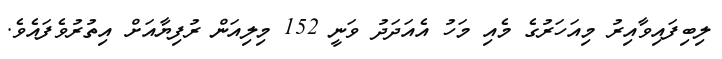
ލިބިފައިވާއިރު މިއަހަރުގެ މެއި މަހު އެއަދަދު ވަނީ 152 މިލިއަން ރުފިޔާއަށް އިތުރުވެފައެވެ.